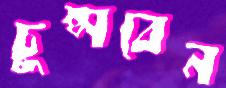
চুপ্‌সবেন